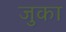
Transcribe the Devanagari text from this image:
जुका